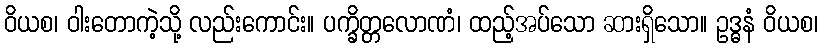
ဝိယစ၊ ဝါးတောကဲ့သို့ လည်းကောင်း။ ပက္ခိတ္တလောဏံ၊ ထည့်အပ်သော ဆားရှိသော။ ဥဒ္ဓနံ ဝိယစ၊